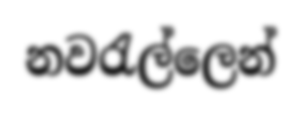
නවරැල්ලෙන්